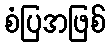
စံပြအဖြစ်